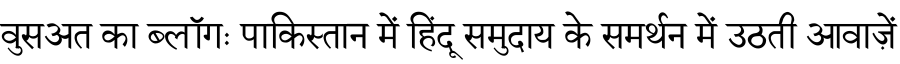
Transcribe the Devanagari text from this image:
वुसअत का ब्लॉगः पाकिस्तान में हिंदू समुदाय के समर्थन में उठती आवाज़ें